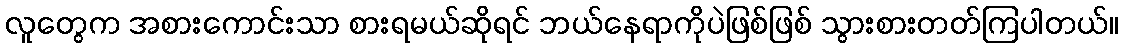
လူတွေက အစားကောင်းသာ စားရမယ်ဆိုရင် ဘယ်နေရာကိုပဲဖြစ်ဖြစ် သွားစားတတ်ကြပါတယ်။